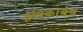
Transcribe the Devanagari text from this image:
तंत्रिकाबंध